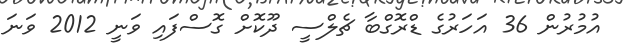
އުމުރުން 36 އަހަރުގެ ޑްރޮގްބާ ޗެލްސީ ދޫކޮށް ގޮސްފައި ވަނީ 2012 ވަނަ